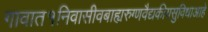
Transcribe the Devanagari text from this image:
गावात१निवासीवबाह्यरुग्णवैद्यकीयसुविधाआहे